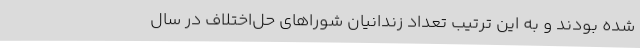
شده بودند و به این ترتیب تعداد زندانیان شوراهای حل‌اختلاف در سال